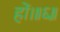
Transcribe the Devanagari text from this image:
हों।॥६॥